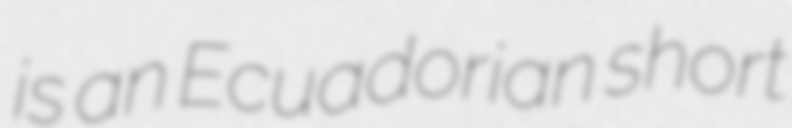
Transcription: is an Ecuadorian short